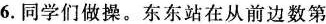
6.同学们做操。东东站在从前边数第